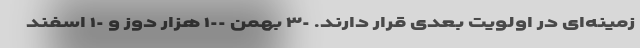
زمینه‌ای در اولویت بعدی قرار دارند. ٣٠ بهمن ١٠٠ هزار دوز و ١٠ اسفند